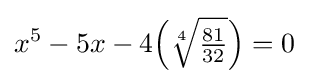
x^{5}-5x-4{\Bigl (}{\sqrt[{4}]{\tfrac {81}{32}}}{\Bigr )}=0